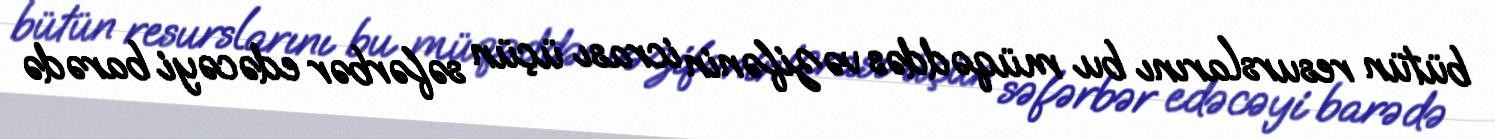
bütün resurslarını bu müqəddəs vəzifənin icrası üçün səfərbər edəcəyi barədə